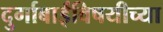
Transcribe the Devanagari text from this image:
दुर्गाबाईंविषयीच्या